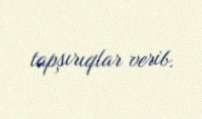
tapşırıqlar verib.